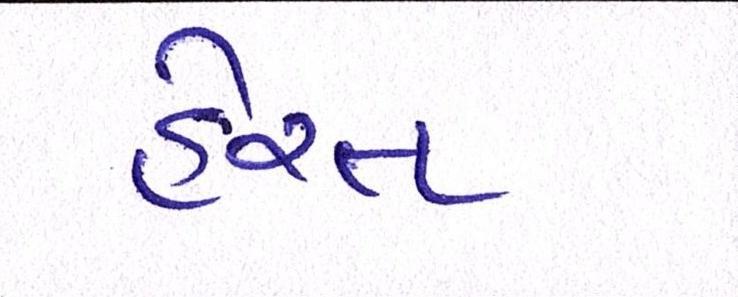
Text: હેરત